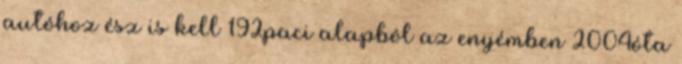
autóhoz ész is kell 192paci alapból az enyémben 2004óta